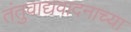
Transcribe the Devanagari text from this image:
तंतुवाद्यवादनाच्या